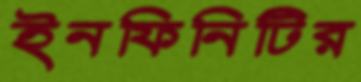
ইনফিনিটির